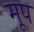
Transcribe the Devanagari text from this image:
मूप